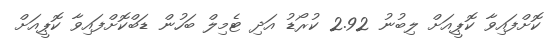
ކޮށްފައިވާ ކޮޕީއަށް ލިބުނު 2.92 ކުރޯޑު އަދި ޓެމިލް ބަހުން ޑަބްކޮށްފައިވާ ކޮޕީއަށް